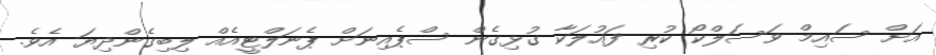
އަށް ސައިމް ވަސަލްކޯ ކުރި ފައުލަކާ ގުޅިގެން ސްޕެއިނަށް ޕެނަލްޓީއެއް ލިބިގެންދިޔަ އެވެ.